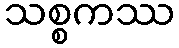
သစ္စကဿ